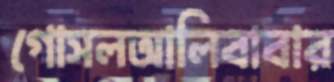
গোসলআলিবাবার